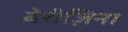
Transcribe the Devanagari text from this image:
बेरीज़िना